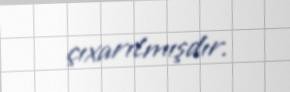
çıxarılmışdır.